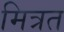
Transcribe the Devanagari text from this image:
मित्रत